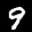
Label: 9